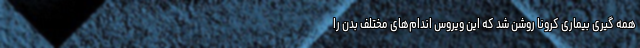
همه گیری بیماری کرونا روشن شد که این ویروس اندام‌های مختلف بدن را